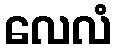
လေလံ